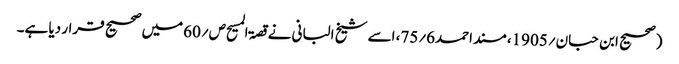
(صحیح ابن حبان؍1905، مسند احمد6؍75، اسے شیخ البانی نے قصۃ المسیح ص؍60میں صحیح قرار دیا ہے۔